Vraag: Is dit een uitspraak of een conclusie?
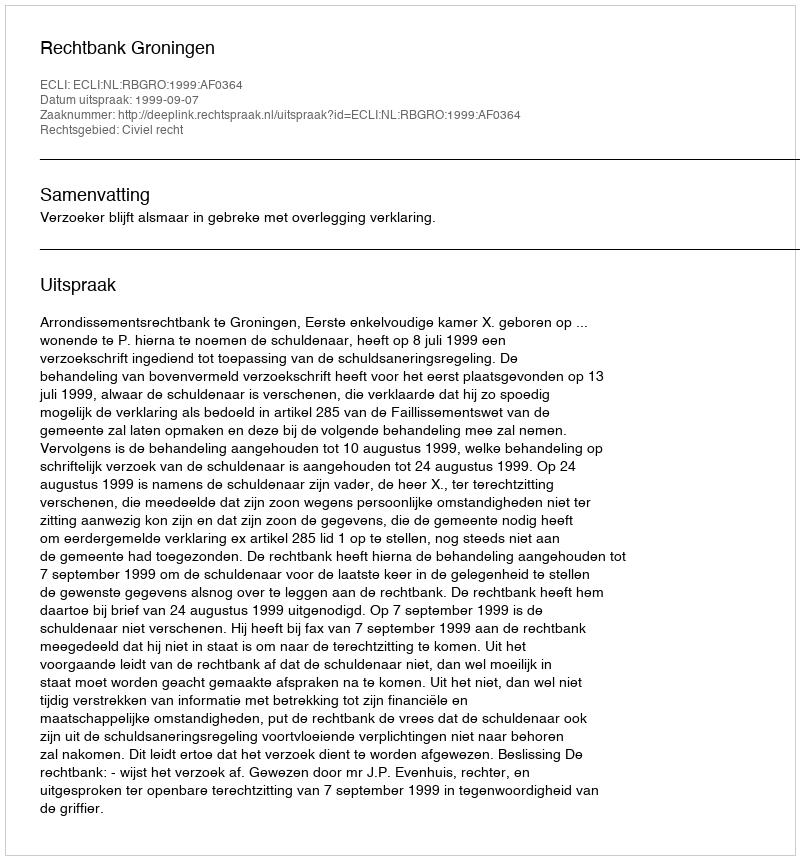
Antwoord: Uitspraak